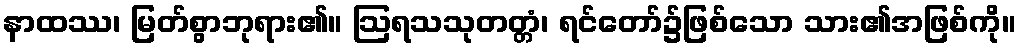
နာထဿ၊ မြတ်စွာဘုရား၏။ ဩရသသုတတ္တံ၊ ရင်တော်၌ဖြစ်သော သား၏အဖြစ်ကို။